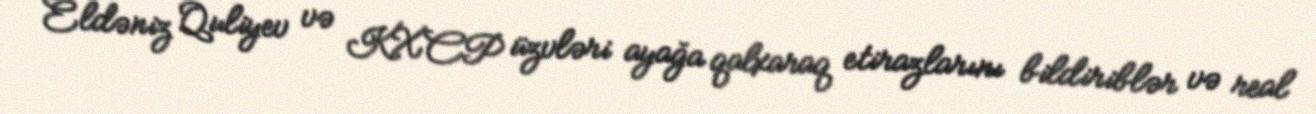
Eldəniz Quliyev və KXCP üzvləri ayağa qalxaraq etirazlarını bildiriblər və real